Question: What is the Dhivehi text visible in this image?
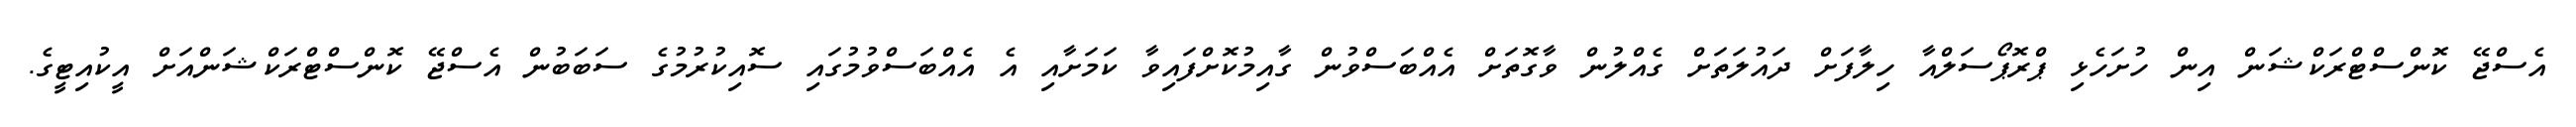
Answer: އެސްޖޭ ކޮންސްޓްރަކްޝަން އިން ހުށަހެޅި ޕްރޮޕޯސަލްއާ ހިލާފަށް ދައުލަތަށް ގެއްލުން ވާގޮތަށް އެއްބަސްވުން ގާއިމުކޮށްފައިވާ ކަމަށާއި އެ އެއްބަސްވުމުގައި ސޮއިކުރުމުގެ ސަބަބުން އެސްޖޭ ކޮންސްޓްރަކްޝަންއަށް އީކުއިޓީގެ.